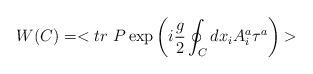
LaTeX: \begin{align*}W(C) = <tr~ P \exp\left(i{g\over 2}\oint_C dx_i A_{i}^{a} \tau^{a}\right)>\end{align*}